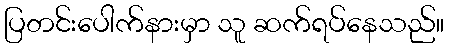
ပြတင်းပေါက်နားမှာ သူ ဆက်ရပ်နေသည်။